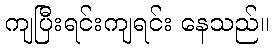
ကျပြီးရင်းကျရင်း နေသည်။